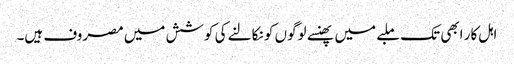
اہل کار ابھی تک ملبے میں پھنسے لوگوں کو نکالنے کی کوشش میں مصروف ہیں۔